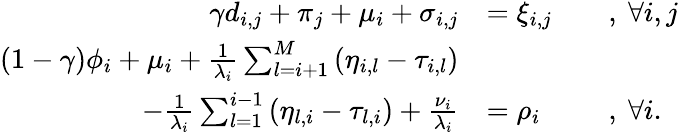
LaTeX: \begin{array}{rlrl}{\gamma d_{i,j}+\pi_{j}+\mu_{i}+\sigma_{i,j}}&{=\xi_{i,j}}&&{,~\forall i,j}\\ {(1-\gamma)\phi_{i}+\mu_{i}+\frac{1}{\lambda_{i}}\sum_{l=i+1}^{M}\left(\eta_{i,l}-\tau_{i,l}\right)}&{}\\ {-\frac{1}{\lambda_{i}}\sum_{l=1}^{i-1}\left(\eta_{l,i}-\tau_{l,i}\right)+\frac{\nu_{i}}{\lambda_{i}}}&{=\rho_{i}}&&{,~\forall i.}\end{array}